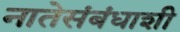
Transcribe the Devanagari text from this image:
नातेसंबंधाशी